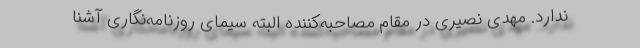
ندارد. مهدی نصیری در مقام مصاحبه‌کننده البته سیمای روزنامه‌نگاری آشنا